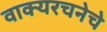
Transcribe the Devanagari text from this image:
वाक्यरचनेचे